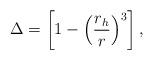
LaTeX: \begin{align*}\Delta = \left[ 1-\left({\frac{r_h}{r}}\right)^3 \right],\end{align*}